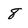
Character: 8